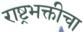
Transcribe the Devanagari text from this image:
राष्ट्रभक्तीचा